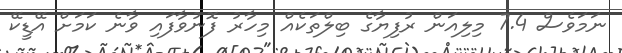
ނަމަވެސް 7.4 މިލިއަން ރުފިޔާގެ ބިލްތަކެއް މިހާރު ފޮނުވާފައި ވާނެ ކަމަށް އޭޑީކޭ